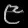
Digit: ၉